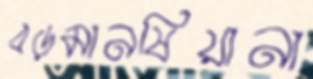
বড়মানষিয়ানা